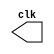
// ------------------------- 
// Exemplo0042 
// Nome: Pedro Henrique Vilar Locatelli 
// --------------------------- 
// -- test clock generator (2) 
// --------------------------- 
	module clock ( clk ); 
		output clk; 
		reg clk; 
		initial 
		begin 
			clk = 1'b0; 
		end 
		always 
		begin 
			#12 clk = ~clk; 
		end 
	endmodule 
	
	module pulse ( signal, clock ); 
		input clock; 
		output signal; 
		reg signal; 
		always @ ( clock ) 
		begin 
			signal = 1'b1; 
			#3 signal = 1'b0; 
			#3 signal = 1'b1; 
			#3 signal = 1'b0; 
		end 
	endmodule // pulse 
	
	module trigger ( signal, on, clock ); 
		input on, clock; 
		output signal; 
		reg signal; 
		always @ ( posedge clock & on ) 
		begin 
			#60 signal = 1'b1; 
			#60 signal = 1'b0; 
		end 
	endmodule // trigger 
	
	module Exemplo0042; 
		wire clock; 
		clock clk ( clock ); 
		reg p; 
		wire p1,t1; 
		pulse pulse1 ( p1, clock ); 
		trigger trigger1 ( t1, p, clock ); 
		initial begin 
			p = 1'b0; 
		end 
		initial begin 
			$dumpfile ( "Exemplo0042.vcd" ); 
			$dumpvars ( 1, clock, p1, p, t1 ); 
			#060 p = 1'b1; 
			#120 p = 1'b0; 
			#180 p = 1'b1; 
			#240 p = 1'b0; 
			#300 p = 1'b1; 
			#360 p = 1'b0; 
			#376 $finish; 
		end 
	endmodule // Exemplo0042